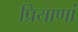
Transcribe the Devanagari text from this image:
प्रियाणां